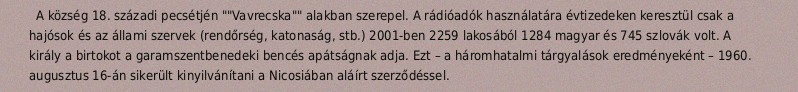
A község 18. századi pecsétjén ""Vavrecska"" alakban szerepel. A rádióadók használatára évtizedeken keresztül csak a hajósok és az állami szervek (rendőrség, katonaság, stb.) 2001-ben 2259 lakosából 1284 magyar és 745 szlovák volt. A király a birtokot a garamszentbenedeki bencés apátságnak adja. Ezt – a háromhatalmi tárgyalások eredményeként – 1960. augusztus 16-án sikerült kinyilvánítani a Nicosiában aláírt szerződéssel.